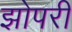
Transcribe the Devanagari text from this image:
झोपरी